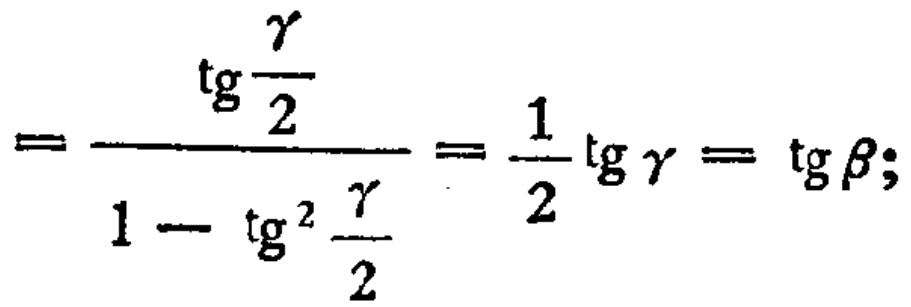
\[

=\frac{\operatorname{tg}\frac{\gamma}{2}}{1 - \operatorname{tg}^{2}\frac{\gamma}{2}}=\frac{1}{2}\operatorname{tg}\gamma=\operatorname{tg}\beta;

\]